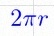
2\pi r